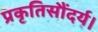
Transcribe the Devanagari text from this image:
प्रकृतिसौंदर्य।